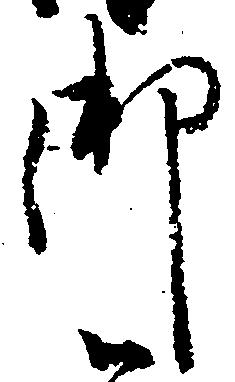
御